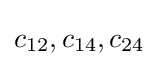
c_{12},c_{14},c_{24}